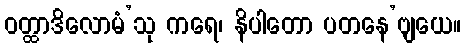
ဝတ္ထာဒိလောမံ’သု ကရေ၊ နိပါတော ပတနေ’ဗျယေ။